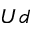
U d